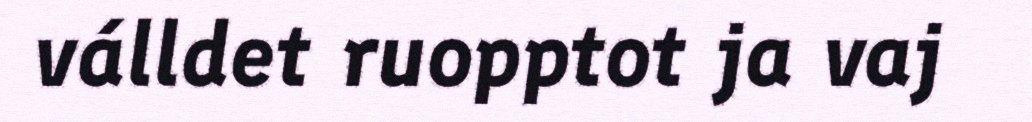
válldet ruopptot ja vaj